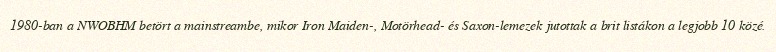
1980-ban a NWOBHM betört a mainstreambe, mikor Iron Maiden-, Motörhead- és Saxon-lemezek jutottak a brit listákon a legjobb 10 közé.